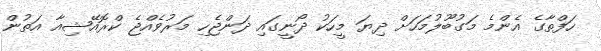
ހަފްތާގެ އެންމެ މަގުބޫލުމަހަށް ދިޔަ މީހަކު ދޯނީގައި ދަންޖެހި މަރުވެއްޖެ ކްރޮއޭޝިއާ އަތުން